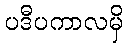
ပဒီပကာလမှိ